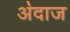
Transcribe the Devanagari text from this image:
अ॓दाज